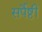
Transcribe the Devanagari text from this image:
सर्पेष्ठी